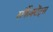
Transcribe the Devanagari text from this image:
सर्फैक्टेंट्स